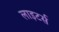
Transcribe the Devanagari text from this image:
लाइटर्स